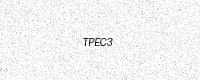
Text: TPEC3